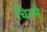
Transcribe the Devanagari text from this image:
चिल्मे